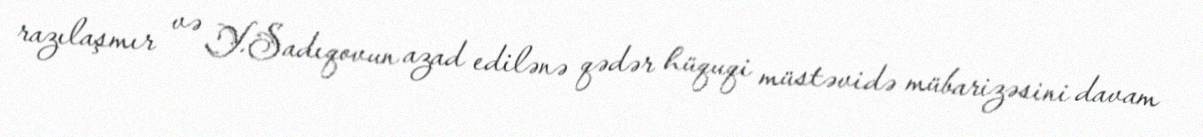
razılaşmır və Y.Sadıqovun azad edilənə qədər hüquqi müstəvidə mübarizəsini davam